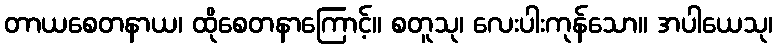
တာယစေတနာယ၊ ထိုစေတနာကြောင့်။ စတူသု၊ လေးပါးကုန်သော။ အပါယေသု၊